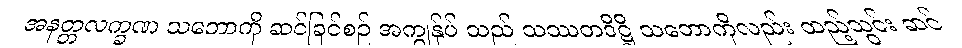
အနတ္တလက္ခဏ သဘောကို ဆင်ခြင်စဉ် အကျွန်ုပ် သည် သဿတဒိဋ္ဌိ သဘောကိုလည်း ထည့်သွင်း ဆင်